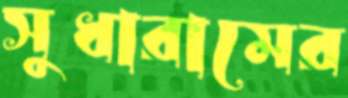
সুধারামের